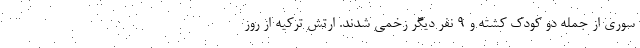
سوری از جمله دو کودک کشته و ۹ نفر دیگر زخمی شدند. ارتش ترکیه از روز